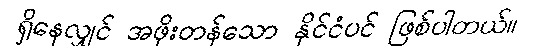
ရှိနေလျှင် အဖိုးတန်သော နိုင်ငံပင် ဖြစ်ပါတယ်။